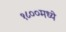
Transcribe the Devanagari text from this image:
१८००मध्ये